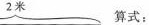
2米算式：